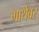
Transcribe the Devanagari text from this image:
गाथेवर